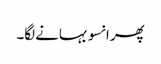
پھر انسو بہانے لگا۔